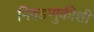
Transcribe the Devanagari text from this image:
निवडणुकीशी